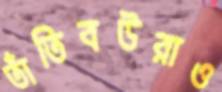
তাঁতিবউরাও